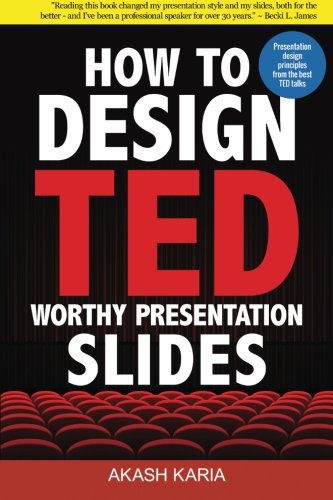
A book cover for How to Design TED-Worthy Presentation Slides (Black & White Edition): Presentation Design Principles from the Best TED Talks; Akash Karia; Business & Money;